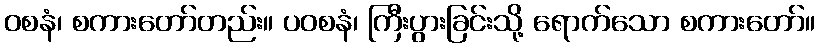
ဝစနံ၊ စကားတော်တည်း။ ပဝစနံ၊ ကြီးပွားခြင်းသို့ ရောက်သော စကားတော်။